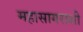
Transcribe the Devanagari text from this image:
महासागराशी